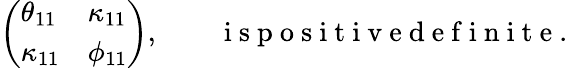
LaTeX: \begin{array}{r}{\left(\begin{array}{ll}{\theta_{11}}&{\kappa_{11}}\\ {\kappa_{11}}&{\phi_{11}}\end{array}\right),\qquad\mathrm{~i~s~p~o~s~i~t~i~v~e~d~e~f~i~n~i~t~e~}.}\end{array}